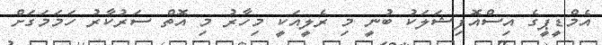
އެމްޑީޕީގެ އިސްއޮފިޝަލަކު ބުނީ މި ރެލީއަކީ މިހާރު މި އޮތް ސަރުކާރު ހަމަމަގަށް